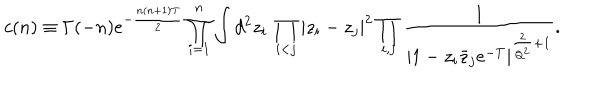
\hspace { - 2 0 m m } c ( n ) \equiv \Gamma ( - n ) e ^ { - { \frac { n ( n + 1 ) T } { 2 } } } \prod _ { i = 1 } ^ { n } \int d ^ { 2 } z _ { i } \, \prod _ { i < j } | z _ { i } - z _ { j } | ^ { 2 } \prod _ { i , j } { \frac { 1 } { | 1 - z _ { i } \bar { z } _ { j } e ^ { - T } | ^ { { \frac { 2 } { Q ^ { 2 } } } + 1 } } } .